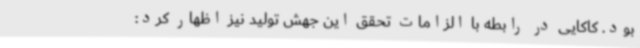
بود. کاکایی در رابطه با الزامات تحقق این جهش تولید نیز اظهار کرد: